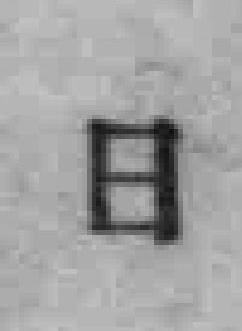
日